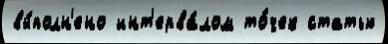
вы́полн'ено инт'ерва́лом то́чек статью